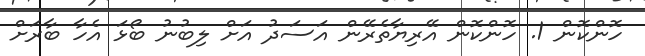
ހޮންކޮން 1. ހޮންކޮން އޭރިޔާތެރޭން އަސަދު އަށް ލިބުނު ބޯޅަ އެހާ ބާރަށް